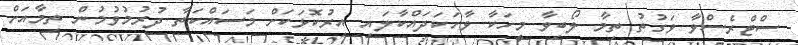
ސްޓްރެސްވާ ވަގުތު ތިމާ ލޯބިވާ މީހަކާ ވާހަކަދައްކާލައި އިރުކޮޅަކަށް މަސައްކަތާ ދުރުމުވުމުން ތިމާއަށް